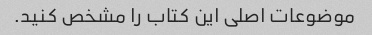
موضوعات اصلی این کتاب را مشخص کنید.